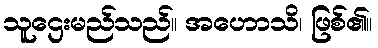
သူဌေးမည်သည်။ အဟောသိ၊ ဖြစ်၏။